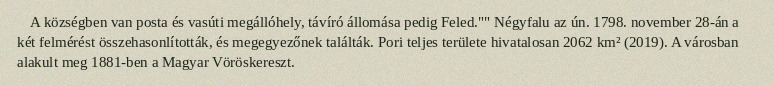
A községben van posta és vasúti megállóhely, távíró állomása pedig Feled."" Négyfalu az ún. 1798. november 28-án a két felmérést összehasonlították, és megegyezőnek találták. Pori teljes területe hivatalosan 2062 km² (2019). A városban alakult meg 1881-ben a Magyar Vöröskereszt.